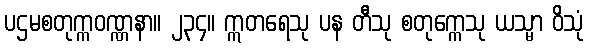
ပဌမစတုက္ကဝဏ္ဏနာ။ ၂၃၄။ ဣတရေသု ပန တီသု စတုက္ကေသု ယသ္မာ ဝိသုံ